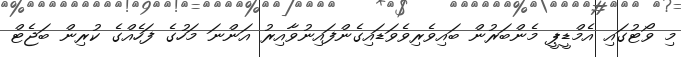
މި ވޯޓުގައި އެމްޑީޕީ މެންބަރުން ބައިވެރިވެވަޑައިގެންފައިނުވާއިރު އަންނަ މަހުގެ ފަހެއްގެ ކުރިން ބަޖެޓް